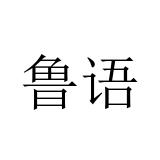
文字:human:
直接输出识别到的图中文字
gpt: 鲁语